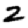
Digit: 2